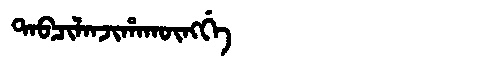
Manchu: ᡨᠠᠪᠴᡳᠯᠠᠨᠵᡳᡥᠠᡴᡡᠩᡤᡝ
Romanization: TABCILANJIHAKŪNGGE